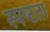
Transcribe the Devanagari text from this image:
स्‍पष्‍टता